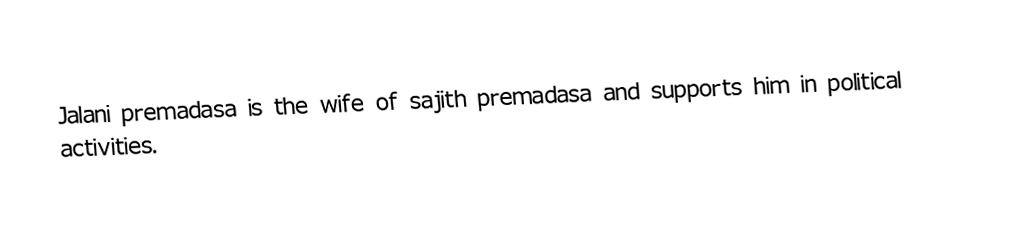
Jalani premadasa is the wife of sajith premadasa and supports him in political activities.